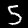
Label: 5